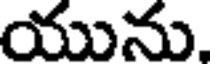
యును,